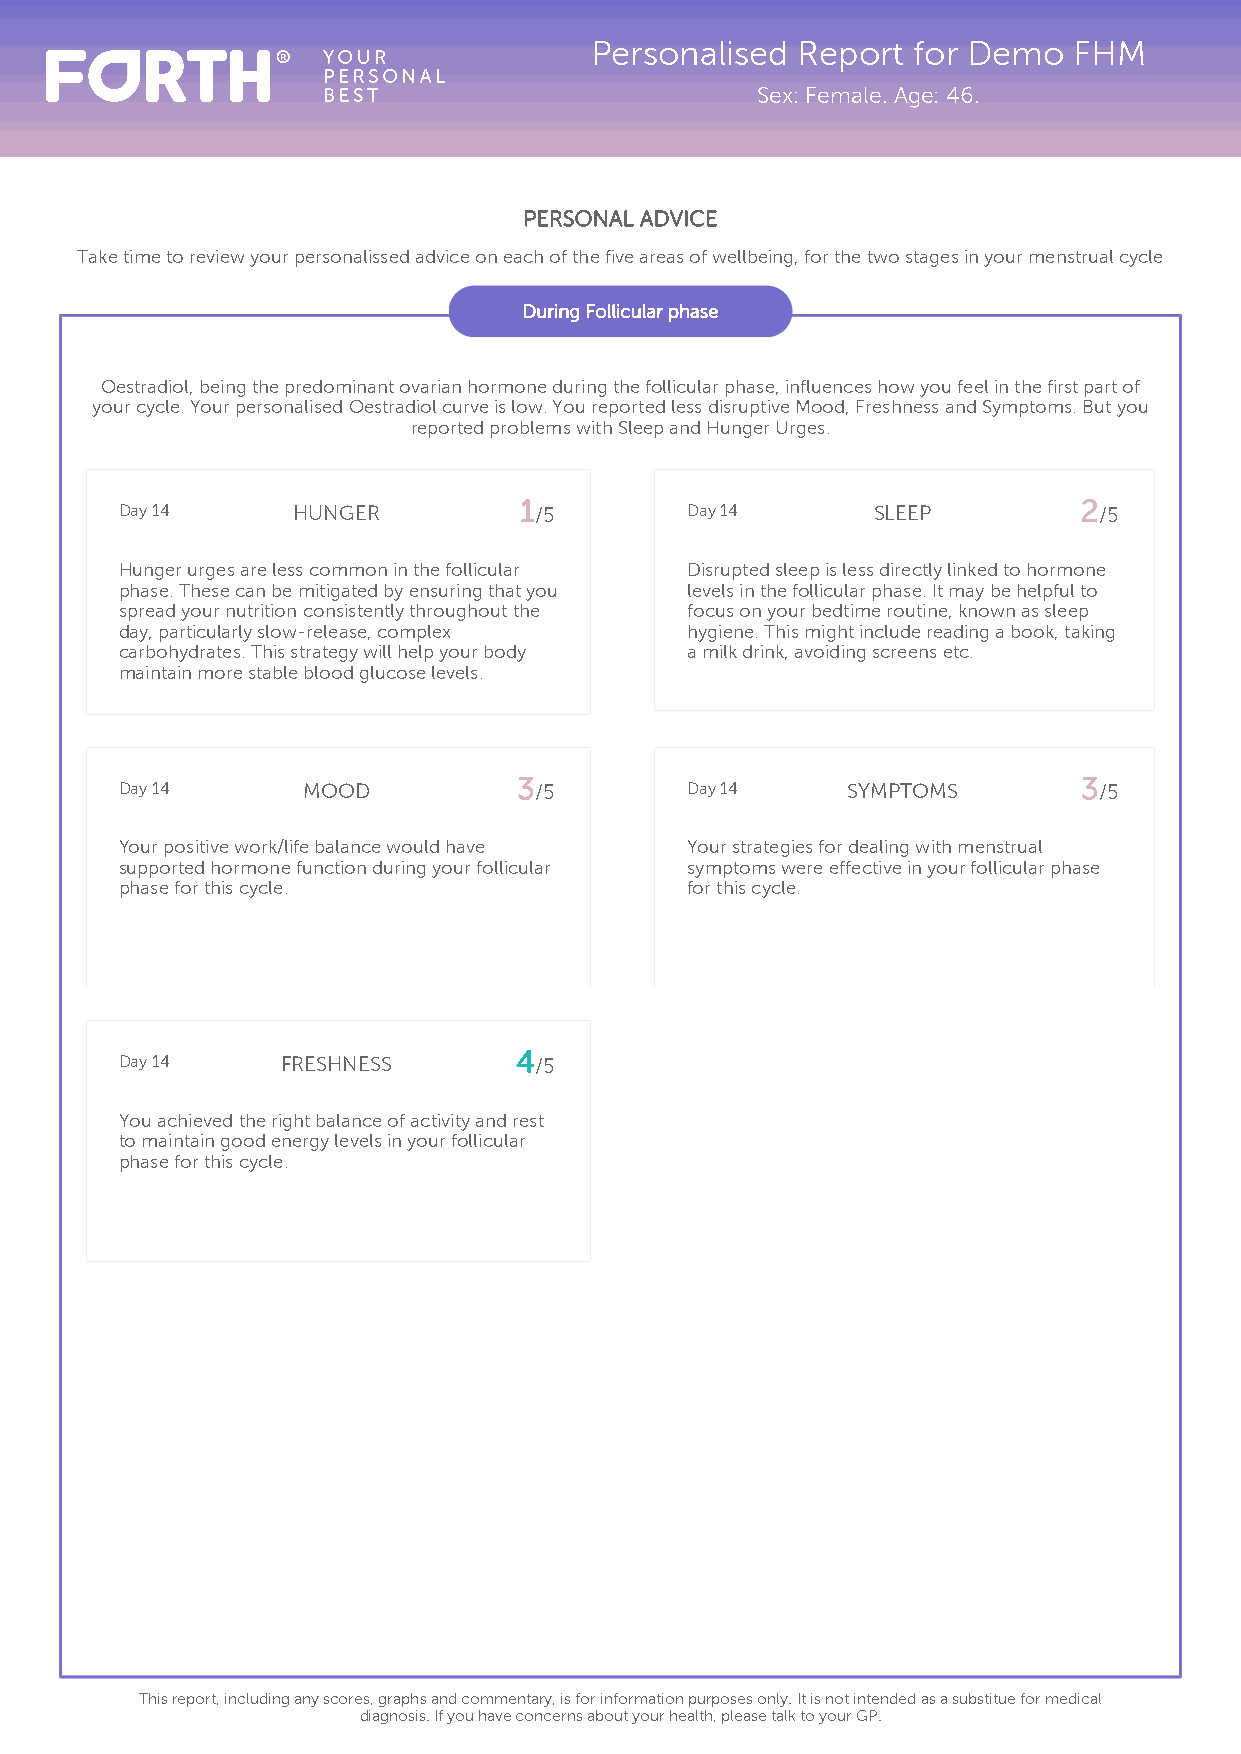
Personalised  Report for Demo   FHM
 Sex: Female. Age: 46.
 PERSONAL ADVICE
 Take time to review your personalissed advice on each of the five areas of wellbeing, for the two stages in your menstrual cycle
 During Follicular phase
 Oestradiol, being the predominant ovarian hormone during the follicular phase, influences how you feel in the first part of
 your cycle. Your personalised Oestradiol curve is low. You reported less disruptive Mood, Freshness and Symptoms. But you
 reported problems with Sleep and Hunger Urges.
 1                                     2
 Day 14     HUNGER          /5        Day 14       SLEEP          /5
 Hunger urges are less common in the follicular Disrupted sleep is less directly linked to hormone
 phase. These can be mitigated by ensuring that you levels in the follicular phase. It may be helpful to
 spread your nutrition consistently throughout the focus on your bedtime routine, known as sleep
 day, particularly slow-release, complex hygiene. This might include reading a book, taking
 carbohydrates. This strategy will help your body a milk drink, avoiding screens etc.
 maintain more stable blood glucose levels.
 3                                     3
 Day 14      MOOD           /5        Day 14     SYMPTOMS         /5
 Your positive work/life balance would have Your strategies for dealing with menstrual
 supported hormone function during your follicular symptoms were effective in your follicular phase
 phase for this cycle.                for this cycle.
 4
 Day 14     FRESHNESS       /5
 You achieved the right balance of activity and rest
 to maintain good energy levels in your follicular
 phase for this cycle.
 This report, including any scores, graphs and commentary, is for information purposes only. It is not intended as a substitue for medical
 diagnosis. If you have concerns about your health, please talk to your GP.